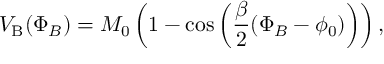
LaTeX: V _ { \mathrm { B } } ( \Phi _ { B } ) = M _ { 0 } \left( 1 - \cos \left( \frac { \beta } { 2 } ( \Phi _ { B } - \phi _ { 0 } ) \right) \right) ,